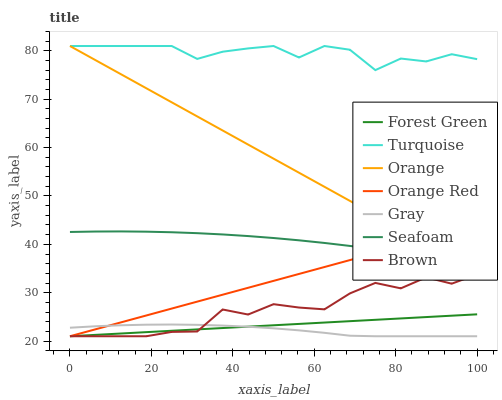
| xaxis_label | Forest Green | Turquoise | Orange | Orange Red | Gray | Seafoam | Brown |
 | --- | --- | --- | --- | --- | --- | --- | --- |
 | 0 | 21 | 81 | 81 | 21 | 22.8 | 42.6 | 21 |
 | 6.25 | 21.3 | 81 | 78.1 | 22.4 | 23.1 | 42.6 | 21 |
 | 12.5 | 21.6 | 81 | 75.2 | 23.9 | 23.3 | 42.7 | 21 |
 | 18.8 | 21.8 | 81 | 72.3 | 25.3 | 23.4 | 42.6 | 21 |
 | 25 | 22.1 | 81 | 69.4 | 26.7 | 23.4 | 42.5 | 21.9 |
 | 31.2 | 22.4 | 78.3 | 66.4 | 28.2 | 23.4 | 42.3 | 22 |
 | 37.5 | 22.7 | 79.8 | 63.5 | 29.6 | 23.2 | 42 | 26.5 |
 | 43.8 | 23 | 80.5 | 60.6 | 31 | 23 | 41.7 | 25.5 |
 | 50 | 23.3 | 81 | 57.7 | 32.4 | 22.6 | 41.3 | 27.6 |
 | 56.2 | 23.5 | 78.6 | 54.8 | 33.9 | 22.2 | 40.8 | 26.9 |
 | 62.5 | 23.8 | 81 | 51.9 | 35.3 | 21.7 | 40.3 | 26.6 |
 | 68.8 | 24.1 | 80.2 | 49 | 36.7 | 21.1 | 39.7 | 29.9 |
 | 75 | 24.4 | 76 | 46.1 | 38.2 | 21 | 39 | 32 |
 | 81.2 | 24.7 | 78.4 | 43.2 | 39.6 | 21 | 38.2 | 30.9 |
 | 87.5 | 25 | 77.8 | 40.3 | 41 | 21 | 37.4 | 33.2 |
 | 93.8 | 25.2 | 79.3 | 37.3 | 42.5 | 21 | 36.5 | 31.9 |
 | 100 | 25.5 | 78.3 | 34.4 | 43.9 | 21 | 35.5 | 33.8 |